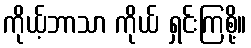
ကိုယ့်ဘာသာ ကိုယ် ရှင်းကြစို့။